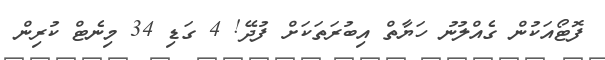
ފޮޓޯއަކުން ގެއްލުނު ހަޔާތް އިބުރަތަކަށް ފުދޭ! 4 ގަޑި 34 މިނެޓް ކުރިން